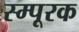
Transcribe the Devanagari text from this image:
स्म्पूरक